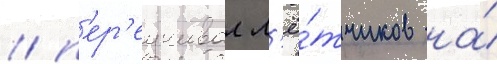
/ п'ер'еучивал л'ё́тчиков на́